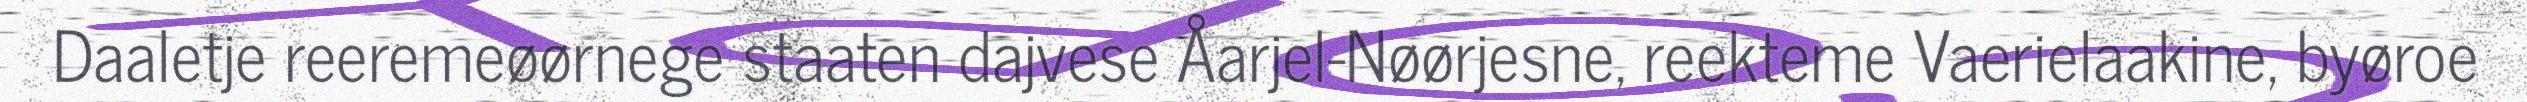
Daaletje reeremeøørnege staaten dajvese Åarjel-Nøørjesne, reekteme Vaerielaakine, byøroe